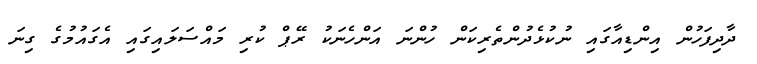
ދާދިފަހުން އިންޑިއާގައި ނުކުޅެދުންތެރިކަން ހުންނަ އަންހެނަކު ރޭޕް ކުރި މައްސަލައިގައި އެގައުމުގެ ގިނަ